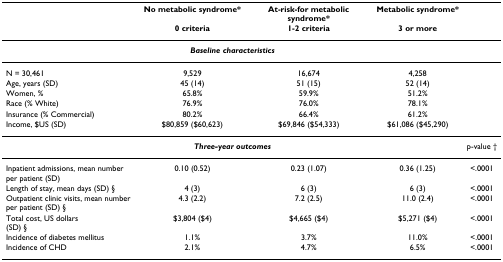
<table><thead><tr><td></td><td><b>No metabolic syndrome*</b></td><td><b>At-risk-for metabolic syndrome*</b></td><td><b>Metabolic syndrome*</b></td><td></td></tr><tr><td></td><td><b>0 criteria</b></td><td><b>1-2 criteria</b></td><td><b>3 or more</b></td><td></td></tr></thead><tbody><tr><td colspan="4"><b><i>Baseline characteristics</i></b></td><td></td></tr><tr><td>N = 30,461</td><td>9,529</td><td>16,674</td><td>4,258</td><td></td></tr><tr><td>Age, years (SD)</td><td>45 (14)</td><td>51 (15)</td><td>52 (14)</td><td></td></tr><tr><td>Women, %</td><td>65.8%</td><td>59.9%</td><td>51.2%</td><td></td></tr><tr><td>Race (% White)</td><td>76.9%</td><td>76.0%</td><td>78.1%</td><td></td></tr><tr><td>Insurance (% Commercial)</td><td>80.2%</td><td>66.4%</td><td>61.2%</td><td></td></tr><tr><td>Income, $US (SD)</td><td>$80,859 ($60,623)</td><td>$69,846 ($54,333)</td><td>$61,086 ($45,290)</td><td></td></tr><tr><td colspan="4"><b><i>Three-year outcomes</i></b></td><td>p-value †</td></tr><tr><td>Inpatient admissions, mean number per patient (SD)</td><td>0.10 (0.52)</td><td>0.23 (1.07)</td><td>0.36 (1.25)</td><td>&lt;.0001</td></tr><tr><td>Length of stay, mean days (SD) §</td><td>4 (3)</td><td>6 (3)</td><td>6 (3)</td><td>&lt;.0001</td></tr><tr><td>Outpatient clinic visits, mean number per patient (SD) §</td><td>4.3 (2.2)</td><td>7.2 (2.5)</td><td>11.0 (2.4)</td><td>&lt;.0001</td></tr><tr><td>Total cost, US dollars(SD) §</td><td>$3,804 ($4)</td><td>$4,665 ($4)</td><td>$5,271 ($4)</td><td>&lt;.0001</td></tr><tr><td>Incidence of diabetes mellitus</td><td>1.1%</td><td>3.7%</td><td>11.0%</td><td>&lt;.0001</td></tr><tr><td>Incidence of CHD</td><td>2.1%</td><td>4.7%</td><td>6.5%</td><td>&lt;.0001</td></tr></tbody></table>